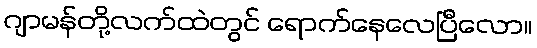
ဂျာမန်တို့လက်ထဲတွင် ရောက်နေလေပြီလော။